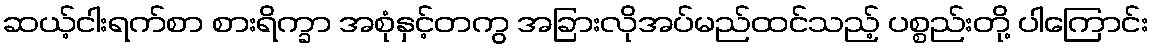
ဆယ့်ငါးရက်စာ စားရိက္ခာ အစုံနှင့်တကွ အခြားလိုအပ်မည်ထင်သည့် ပစ္စည်းတို့ ပါကြောင်း